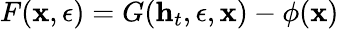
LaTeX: F(\mathbf{x},\epsilon)=G(\mathbf{h}_{t},\epsilon,\mathbf{x})-\phi(\mathbf{x})